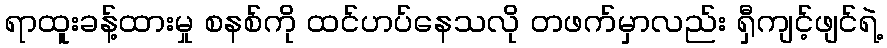
ရာထူးခန့်ထားမှု စနစ်ကို ထင်ဟပ်နေသလို တဖက်မှာလည်း ရှီကျင့်ဖျင်ရဲ့